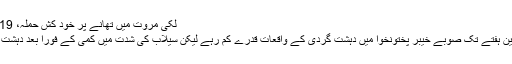
لکی مروت میں تھانے پر خود کُش حملہ، 19 ہلاک | حالات حاضرہ | DW | 06.09.2010
سیلاب اور تباہ کن بارشوں کی وجہ سے تقریبا ً تین ہفتے تک صوبے خیبر پختونخوا میں دہشت گردی کے واقعات قدرے کم رہے لیکن سیلاب کی شدت میں کمی کے فوراً بعد دہشت گردی کی ایک نئی لہر تیزی سے پھیل رہی ہے۔